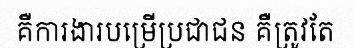
គឺការងារបម្រើប្រជាជន គឺត្រូវតែ